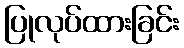
ပြုလုပ်ထားခြင်း